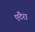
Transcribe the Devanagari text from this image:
एंटेरा